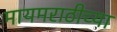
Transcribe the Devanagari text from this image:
मायमराठीच्या